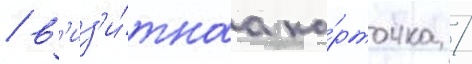
/ в'из'и́тнаа ка́рточка /